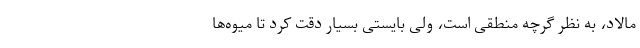
مالاد، به نظر گرچه منطقی است، ولی بایستی بسیار دقت کرد تا میوه‌ها